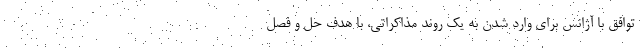
توافق با آژانس برای وارد شدن به یک روند مذاکراتی، با هدف حل و فصل